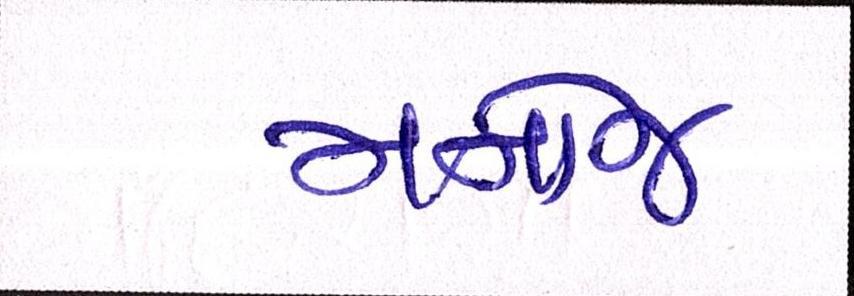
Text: મનોજ